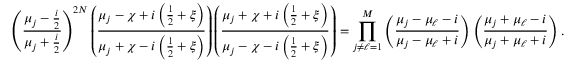
\left( \frac { \mu _ { j } - \frac { i } { 2 } } { \mu _ { j } + \frac { i } { 2 } } \right) ^ { 2 N } \left( \frac { \mu _ { j } - \chi + i \left( \frac 1 2 + \xi \right) } { \mu _ { j } + \chi - i \left( \frac { 1 } { 2 } + \xi \right) } \right) \left( \frac { \mu _ { j } + \chi + i \left( \frac { 1 } { 2 } + \xi \right) } { \mu _ { j } - \chi - i \left( \frac { 1 } { 2 } + \xi \right) } \right) = \prod _ { j \neq \ell = 1 } ^ { M } \left( \frac { \mu _ { j } - \mu _ { \ell } - i } { \mu _ { j } - \mu _ { \ell } + i } \right) \left( \frac { \mu _ { j } + \mu _ { \ell } - i } { \mu _ { j } + \mu _ { \ell } + i } \right) .